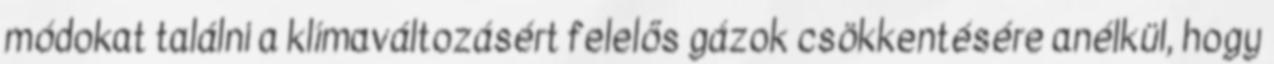
módokat találni a klímaváltozásért felelős gázok csökkentésére anélkül, hogy